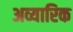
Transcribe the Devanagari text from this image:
अव्यारिक